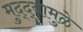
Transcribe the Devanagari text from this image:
मुद्‌द्‌यामुळे